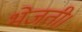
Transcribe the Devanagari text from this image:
भेजती।